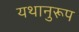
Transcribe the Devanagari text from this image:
यथानुरूप